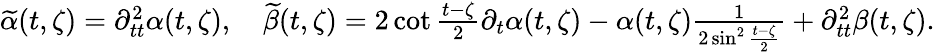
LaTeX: \begin{array}{r}{\widetilde\alpha(t,\zeta)=\partial_{tt}^{2}\alpha(t,\zeta),\quad\widetilde\beta(t,\zeta)=2\cot\frac{t-\zeta}{2}\partial_{t}\alpha(t,\zeta)-\alpha(t,\zeta)\frac{1}{2\sin^{2}\frac{t-\zeta}{2}}+\partial_{tt}^{2}\beta(t,\zeta).}\end{array}